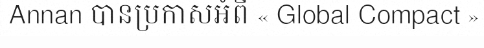
Annan បានប្រកាសអំពី « Global Compact »